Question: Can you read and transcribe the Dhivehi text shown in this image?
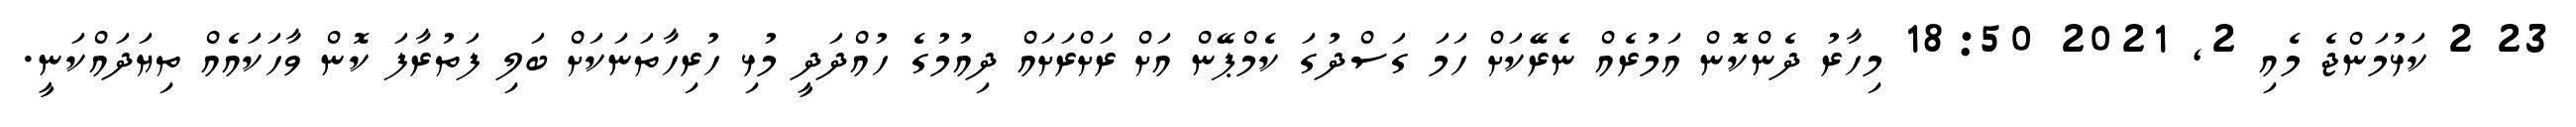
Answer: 23 2 ކަޅުމަންޖެ މެއި 2, 2021 18:50 މިހާރު ދެންކޮން އަމުރެއް ނެރޭކަށް ހަމަ ގަސްދުގަ ކެމްޕޭން އަށް ރަށްރަށައް ދިއުމުގެ ހުއްދަދީ މުޅި ހުރިހާތަނަކަށް ބަލި ފަތުރާފަ ކޮން ވާހަކައެއް ތިޔަދައްކަނީ.